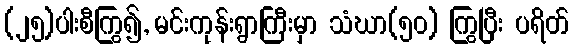
(၂၅)ပါးစီကြွ၍, မင်းကုန်းရွာကြီးမှာ သံဃာ(၅၀) ကြွပြီး ပရိတ်